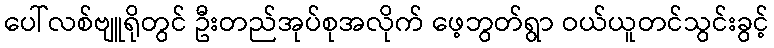
ပေါ်လစ်ဗျူရိုတွင် ဦးတည်အုပ်စုအလိုက် ဖေ့ဘွတ်ရွာ ဝယ်ယူတင်သွင်းခွင့်